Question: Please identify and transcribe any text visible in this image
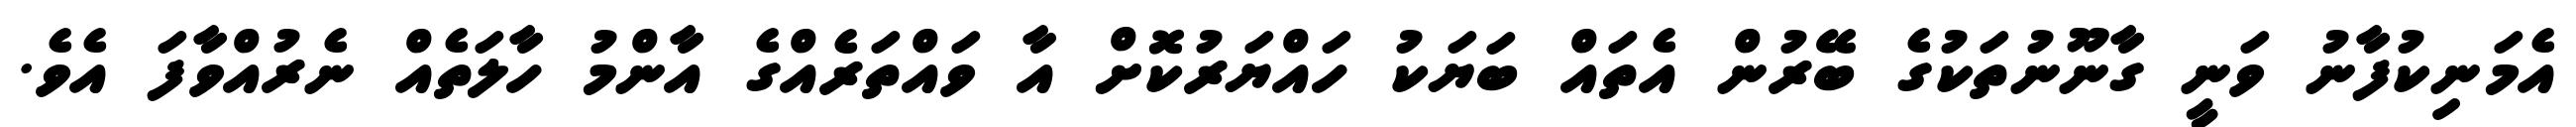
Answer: އެމަނިކުފާނު ވަނީ ގާނޫނުތަކުގެ ބޭރުން އެތައް ބަޔަކު ހައްޔަރުކޮށް އާ ވައްތަރެއްގެ އާންމު ހާލަތެއް ނެރުއްވާފަ އެވެ.